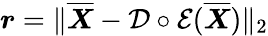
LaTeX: \boldsymbol r=\| \overline{{\boldsymbol X}}-\mathcal D\circ\mathcal E(\overline{{\boldsymbol X}})\| _{2}